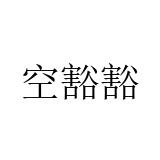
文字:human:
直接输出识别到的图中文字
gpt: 空豁豁